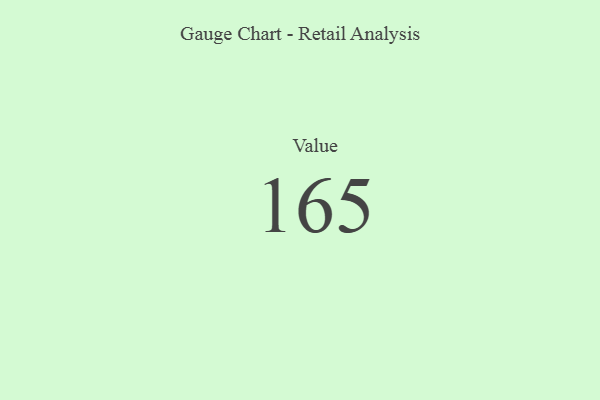
{"axis": {"x": "Metric", "y": "Value"}, "legend": [""], "data": [{"x": "Value", "y": 165, "type": ""}]}